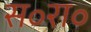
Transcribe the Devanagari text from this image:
स॰रा॰